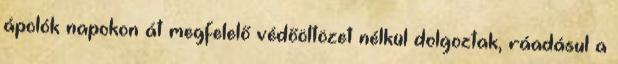
ápolók napokon át megfelelő védőöltözet nélkül dolgoztak, ráadásul a